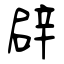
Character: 辟